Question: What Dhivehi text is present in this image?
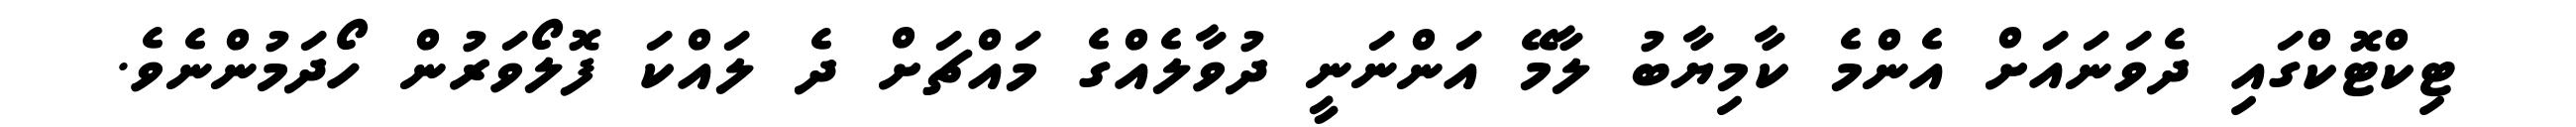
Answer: ޓިކްޓޮކްގައި ދެވަނައަށް އެންމެ ކާމިޔާބު ލާމޭ އަންނަނީ ދުވާލެއްގެ މައްޗަށް ދެ ލައްކަ ފޮލޯވަރުން ހޯދަމުންނެވެ.